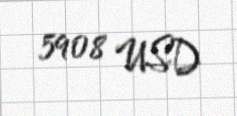
5908 USD